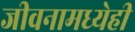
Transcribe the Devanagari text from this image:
जीवनामध्येही